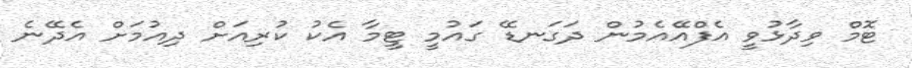
ޓޮމް ވިދާޅުވީ އެފްއޭއެމުން ދަގަނޑޭ ގައުމީ ޓީމާ އެކު ކުރިއަށް ދިއުމަށް އެދޭނެ